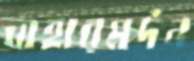
বাহারমর্দন